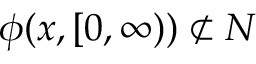
\phi ( x , [ 0 , \infty ) ) \not \subset N